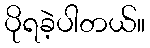
ပိုရခဲ့ပါတယ်။